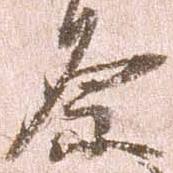
原